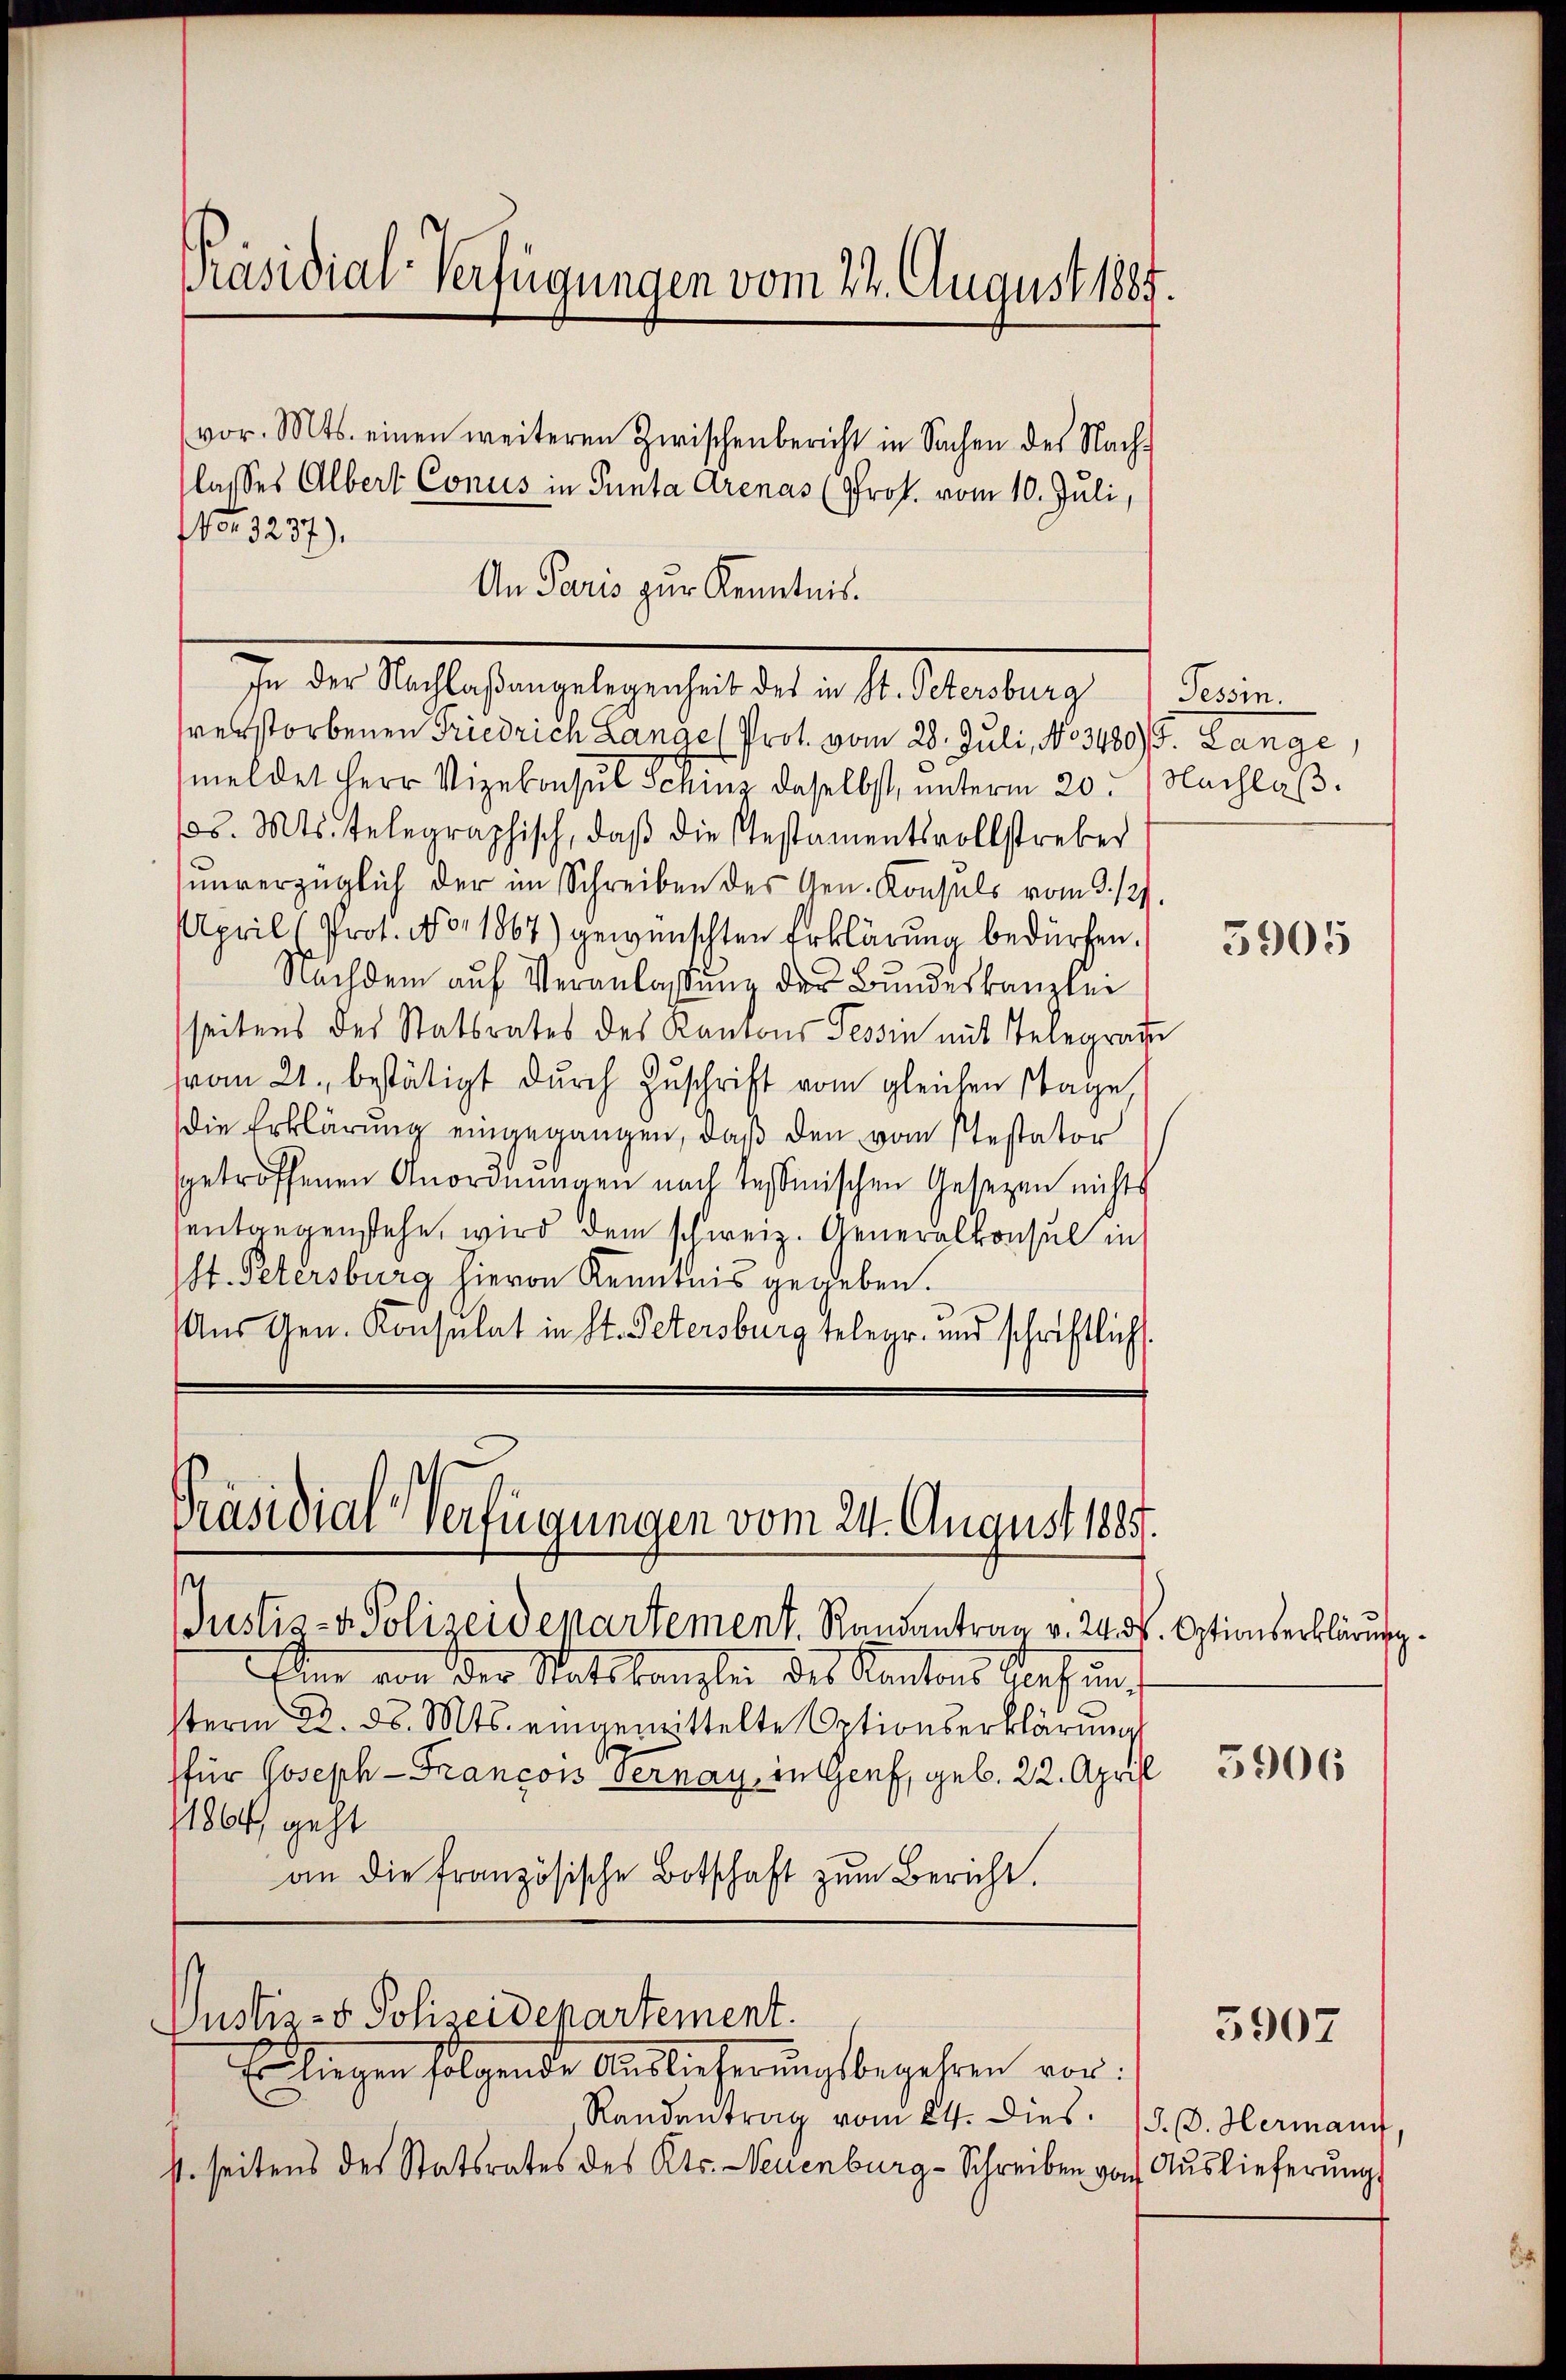
vor. Mts. einen weiteren Zwischenbericht in Sachen des Nach-
lasses Albert Conus in Panta Arenas (Prof. vom 10. Juli,
No 3237),
An Paris zur Kenntnis.
In der Mahlesen gelegenheit der . . Aber einer 1. Ferien
verstorbenen Friedrich Lange (Prof. vom 28. Juli, No 3489/B. Lange,
meldet Herr Vizekonsul Schinz daselbst, unterm 20. Nachlaβ.
s. Mts. telegraphisch, daβ die stestamentsvollstreber
unverzüglich der im Schreiben des Gen. Konsuls vom 3. 129.
April (Prot. No. 1867) gewünschten Erklärung bedürfen.
Nachdem auf Veranlaßung der Bundeskanzlei
(seitens des Statsrates des Kantons Tessin mit Telegraue
vom 21. bestätigt durch Zuschrift vom gleichen Tage
die Erklärung eingegangen, daß den vom Pestator
getroffenen Anordnungen nach Tessinischen Gesetzen nichts
entgegenstehe, wird dem schweiz. Generalkonsul in
st. Petersburg hievon Kenntnis gegeben.
Aus Gen. Konsulat in St. Petersburg telegr. und schriftlich

Präsidial-Verfügungen vom 22. August 1885.

4. seitens des Statsrates des Kts. Neuenburg-Schreiben von Auslieferung

Präsidial-Verfügungen vom 24. August 1885.

Justiz- & Polizeidepartement. Randantrag v. 24. ds. Optionserklärung.
Eine von der Ratskanzlei des Kantons Graf in
sterm 22. d. Mts. eingemittelte Optionserklärung
für Joseph-Francois vernay, in Genf, geb. 22. April
1864, geht
an die französische Botschaft zŭm Bericht.

Justiz- & Polizeidepartement.
Ebliegen folgende Auslieferungsbegehren vor:

Randantrag vom 24. Dies. 15. d. Hermann,

5905

5906

3907